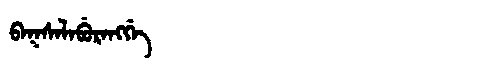
Manchu: ᠪᠠᡴᠰᠠᠯᠠᠪᡠᡵᠠᠩᡤᡝ
Romanization: BAKSALABURANGGE